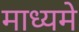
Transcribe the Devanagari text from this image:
माध्‍यमे